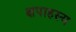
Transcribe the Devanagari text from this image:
क्षपाहस्य